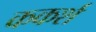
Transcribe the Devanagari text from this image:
ककर्श